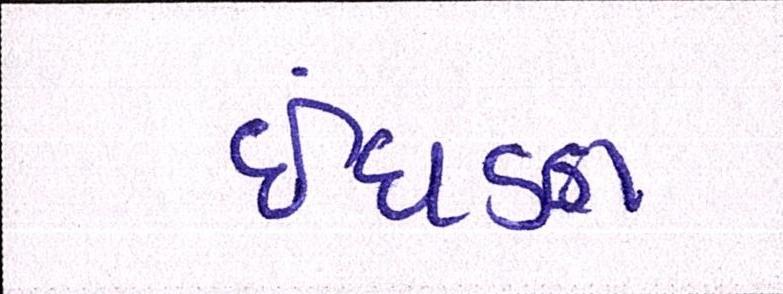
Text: ઈંધણ